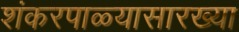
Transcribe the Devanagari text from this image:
शंकरपाळ्यासारख्या